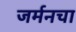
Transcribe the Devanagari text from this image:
जर्मनचा